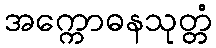
အက္ကောဓနသုတ္တံ